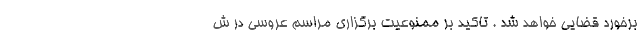
برخورد قضایی خواهد شد . تاکید بر ممنوعیت برگزاری مراسم عروسی در ش